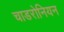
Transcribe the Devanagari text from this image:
चाडरोनियन